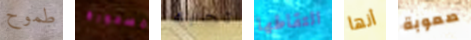
طموح مسحورة تحبه التقاطها أنها صعوبة